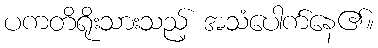
ပကတိရိုးသားသည့် အသံပေါက်နေ၏။